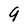
Character: 9